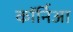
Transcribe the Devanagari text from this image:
कॉर्निआ